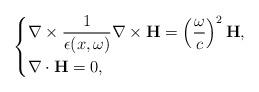
LaTeX: \begin{align*}\left\{\begin{aligned}& \nabla\times\frac{1}{\epsilon(x,\omega)}\nabla\times\mathbf{H}=\left(\frac{\omega}{c}\right)^2\mathbf{H},\\& \nabla\cdot\mathbf{H}=0,\end{aligned}\right.\end{align*}